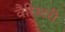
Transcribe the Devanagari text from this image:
वैरिस्टरी